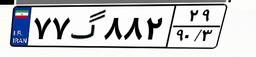
۷۷گ۸۸۲۲۹